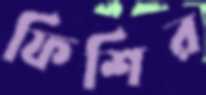
ফিশির